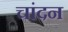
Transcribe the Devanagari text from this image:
चांदन